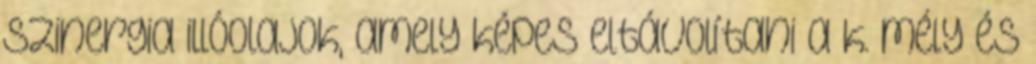
szinergia illóolajok, amely képes eltávolítani a k. mély és